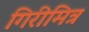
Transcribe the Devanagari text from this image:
गिरीमित्र